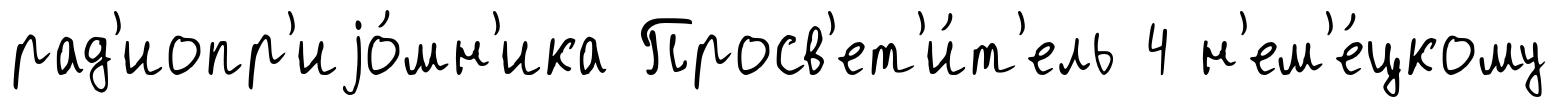
рад'иопр'иjо́мн'ика Просв'ет'и́т'ель 4 н'ем'е́цкому